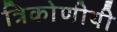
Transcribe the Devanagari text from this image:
त्रिकोणीयी